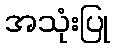
အသုံးပြု